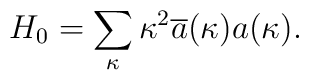
H_{0}= \sum_{\kappa} \kappa^{2}\overline{a}(\kappa) a(\kappa).